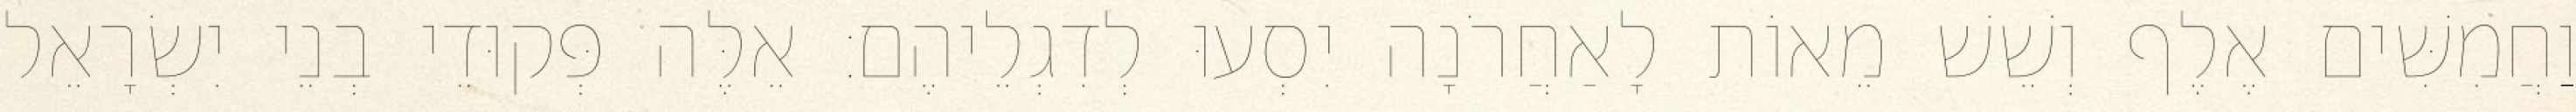
וַחֲמִשִּׁים אֶלֶף וְשֵׁשׁ מֵאוֹת לָאַחֲרֹנָה יִסְעוּ לְדִגְלֵיהֶם׃ אֵלֶּה פְּקוּדֵי בְנֵי יִשְׂרָאֵל